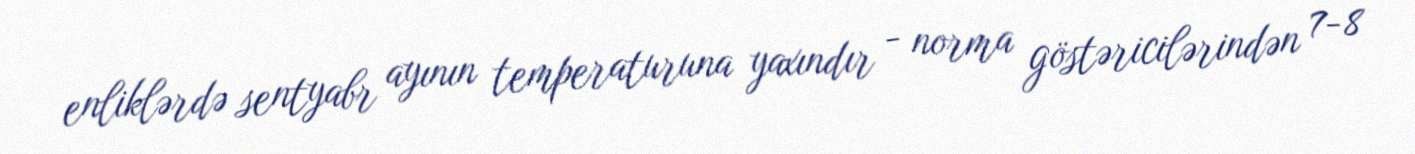
enliklərdə sentyabr ayının temperaturuna yaxındır - norma göstəricilərindən 7-8